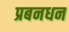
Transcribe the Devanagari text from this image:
प्रबनधन